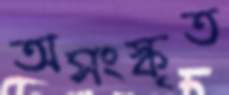
অসংস্কৃত